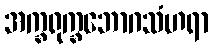
အက္ခရုက္ခဘောဂသံဟရာ